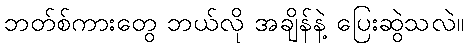
ဘတ်စ်ကားတွေ ဘယ်လို အချိန်နဲ့ ပြေးဆွဲသလဲ။